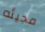
مجيئه